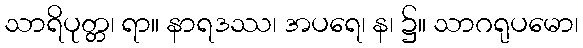
သာရိပုတ္တ၊ ရာ။ နာရဒဿ၊ အပရေ၊ န၊ ၌။ သာဂရုပမော၊